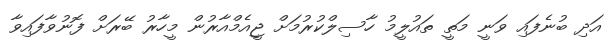
އަދި ބުނެފައި ވަނީ މަތީ ތައުލީމު ހާސިލްކުރުމަށް ޖީއެމްއާރުން މީހާރު ބޭރަށް ފޮނުވާފައިވާ